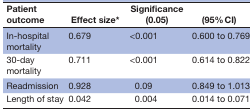
<table><thead><tr><td><b>Patient outcome</b></td><td><b>Effect size*</b></td><td><b>Significance (0.05)</b></td><td><b>(95% CI)</b></td></tr></thead><tbody><tr><td>In-hospital mortality</td><td>0.679</td><td>&lt;0.001</td><td>0.600 to 0.769</td></tr><tr><td>30-day mortality</td><td>0.711</td><td>&lt;0.001</td><td>0.614 to 0.822</td></tr><tr><td>Readmission</td><td>0.928</td><td>0.09</td><td>0.849 to 1.013</td></tr><tr><td>Length of stay</td><td>0.042</td><td>0.004</td><td>0.014 to 0.071</td></tr></tbody></table>